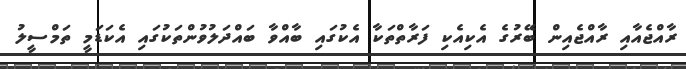
ރާއްޖެއާއި ރާއްޖެއިން ބޭރުގެ އެކިއެކި ފަރާތްތަކާ އެކުގައި ބާއްވާ ބައްދަލުވުންތަކުގައި އެކަޑަމީ ތަމްސީލު